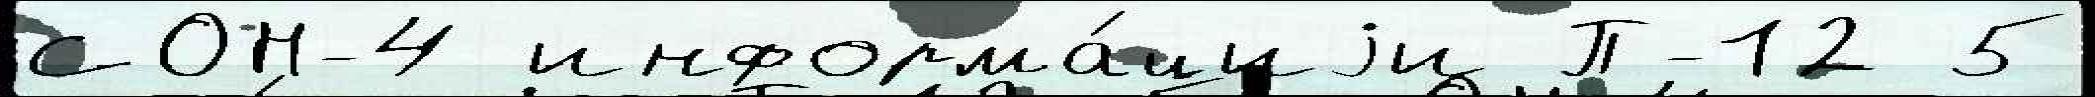
СОН-4 информа́циjи П-12 5